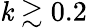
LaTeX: \mathit{k}\gtrsim0.2